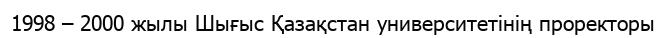
1998 – 2000 жылы Шығыс Қазақстан университетінің проректоры